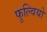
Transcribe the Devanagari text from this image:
फुल्वियो